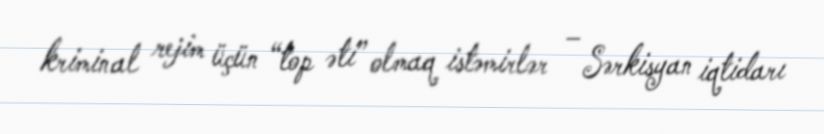
kriminal rejim üçün “top əti” olmaq istəmirlər – Sərkisyan iqtidarı